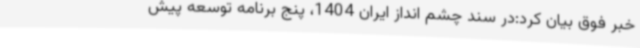
خبر فوق بیان کرد:در سند چشم انداز ایران 1404، پنج برنامه توسعه پیش